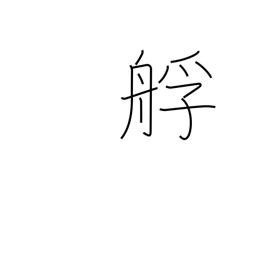
Meaning: lighter